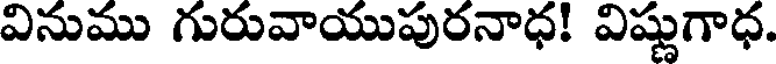
వినుము గురువాయుపురనాధ! విష్ణుగాధ.